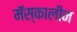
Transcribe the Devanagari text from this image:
मॅस्कालीन